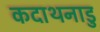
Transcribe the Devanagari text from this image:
कदाथनाडु